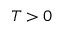
T > 0